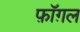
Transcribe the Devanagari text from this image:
फ़ॉग़ल